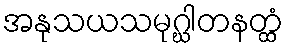
အနုသယသမုဂ္ဃါတနတ္ထံ